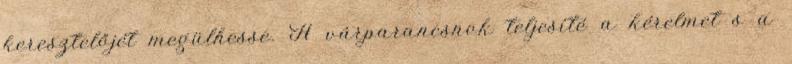
keresztelőjét megülhesse. A várparancsnok teljesíté a kérelmet s a